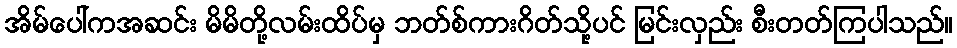
အိမ်ပေါ်ကအဆင်း မိမိတို့လမ်းထိပ်မှ ဘတ်စ်ကားဂိတ်သို့ပင် မြင်းလှည်း စီးတတ်ကြပါသည်။